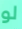
لو